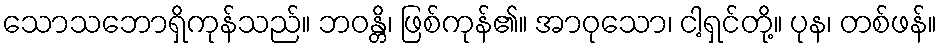
သောသဘောရှိကုန်သည်။ ဘဝန္တိ၊ ဖြစ်ကုန်၏။ အာဝုသော၊ ငါ့ရှင်တို့။ ပုန၊ တစ်ဖန်။